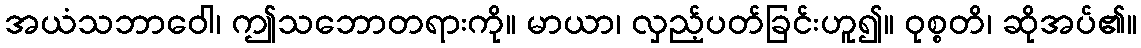
အယံသဘာဝေါ၊ ဤသဘောတရားကို။ မာယာ၊ လှည့်ပတ်ခြင်းဟူ၍။ ဝုစ္စတိ၊ ဆိုအပ်၏။